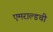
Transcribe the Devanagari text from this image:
एमराल्डची